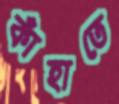
কাঁহাতে